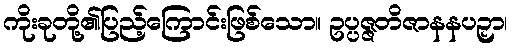
ကိုးခုတို့၏ပြည့်ကြောင်းဖြစ်သော။ ဥပ္ပဇ္ဇတိဇာနနပဉှာ၊